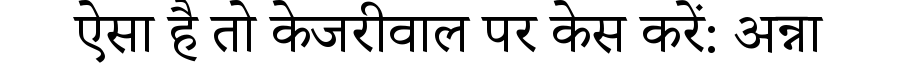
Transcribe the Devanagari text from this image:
ऐसा है तो केजरीवाल पर केस करें: अन्ना